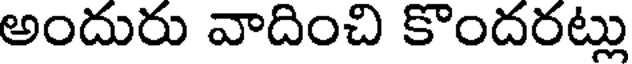
అందురు వాదించి కొందరట్లు